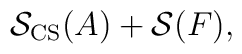
\mathcal{S}_{\mathrm{CS}}(A)+\mathcal{S}(F),\;